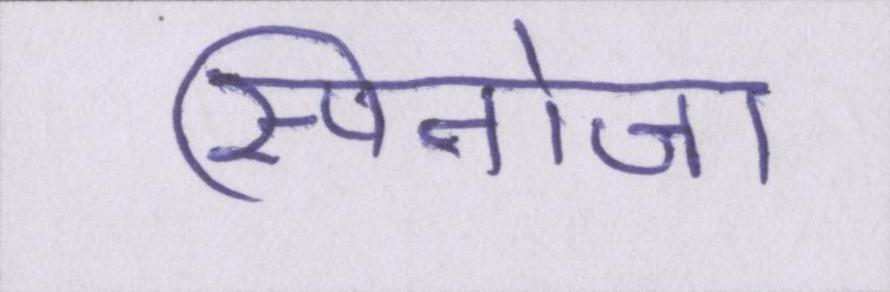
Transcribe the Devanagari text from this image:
स्पिनोजा